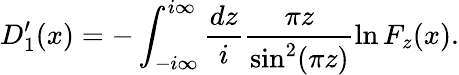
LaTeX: D_{1}^{\prime}(x)=-\int_{-i\infty}^{i\infty}\frac{dz}{i}\frac{\pi z}{\sin^{2}(\pi z)}\ln F_{z}(x).